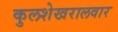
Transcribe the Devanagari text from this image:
कुलशेखरालवार